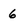
Character: 6